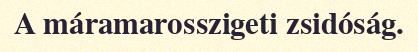
A máramarosszigeti zsidóság.